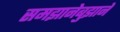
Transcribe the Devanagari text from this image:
समझानेबुझाने